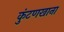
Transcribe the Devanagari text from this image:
कुंटणखाना